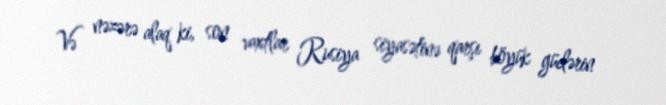
Və nəzərə alaq ki, son vaxtlar Rusiya siyasətinə qarşı böyük güclərin